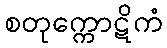
စတုက္ကောဋိကံ